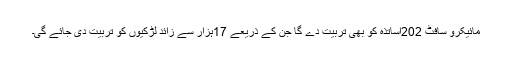
مائیکرو سافٹ 202اساتذہ کو بھی تربیت دے گا جن کے ذریعے 17ہزار سے زائد لڑکیوں کو تربیت دی جائے گی۔